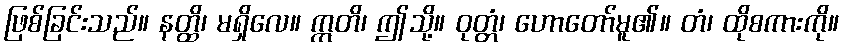
ဖြစ်ခြင်းသည်။ နတ္ထိ၊ မရှိလေ။ ဣတိ၊ ဤသို့။ ဝုတ္တံ၊ ဟောတော်မူ၏။ တံ၊ ထိုစကားကို။